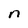
Character: n